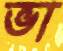
ভা